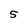
Character: 5